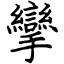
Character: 攣